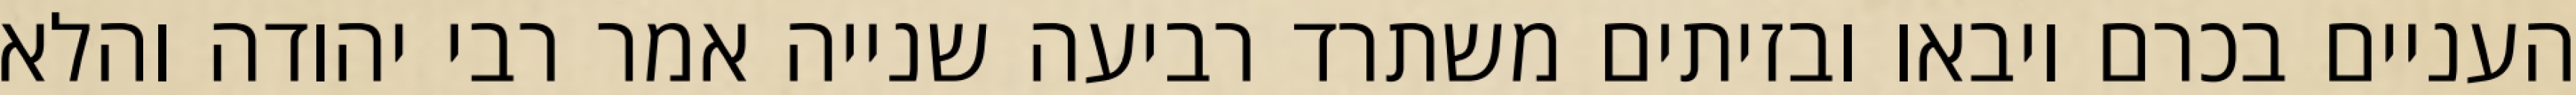
העניים בכרם ויבאו ובזיתים משתרד רביעה שנייה אמר רבי יהודה והלא